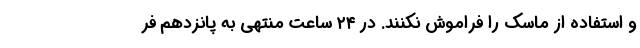
و استفاده از ماسک را فراموش نکنند. در ۲۴ ساعت منتهی به پانزدهم فر